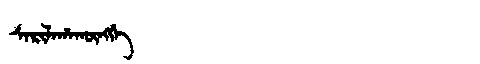
Manchu: ᠰᠠᡵᡳᠯᠠᡥᠠᡴᡡᠩᡤᡝ
Romanization: SARILAHAKŪNGGE